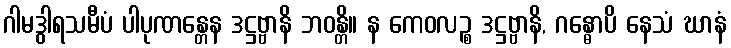
ဂါမဒွါရသမီပံ ပါပုဏန္တေန ဒဋ္ဌဗ္ဗာနိ ဘဝန္တိ။ န ကေဝလဉ္စ ဒဋ္ဌဗ္ဗာနိ, ဂန္ဓောပိ နေသံ ဃာနံ